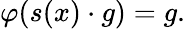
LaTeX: \varphi(s(x)\cdot g)=g.